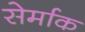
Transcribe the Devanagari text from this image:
सेर्माक